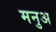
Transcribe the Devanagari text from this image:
मनुअ